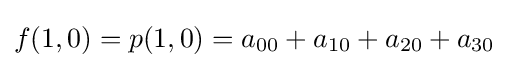
f(1,0)=p(1,0)=a_{00}+a_{10}+a_{20}+a_{30}